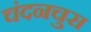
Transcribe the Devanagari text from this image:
चंदनचुरा